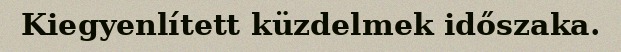
Kiegyenlített küzdelmek időszaka.